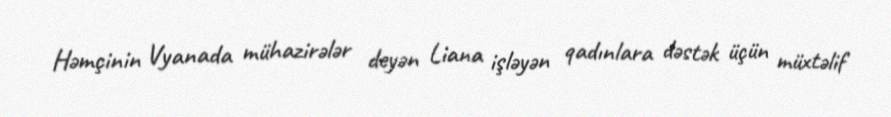
Həmçinin Vyanada mühazirələr deyən Liana işləyən qadınlara dəstək üçün müxtəlif